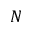
N